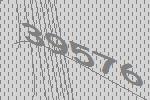
39576